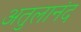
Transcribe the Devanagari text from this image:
अतुलानंद